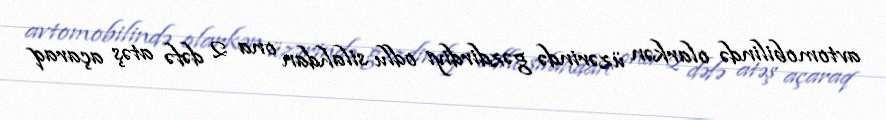
avtomobilində olarkən üzərində gəzdirdiyi odlu silahdan ona 2 dəfə atəş açaraq